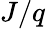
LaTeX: J/q